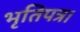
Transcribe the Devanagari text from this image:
भृतिपत्र।